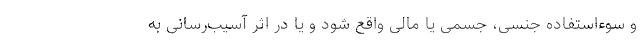
و سوءاستفاده جنسی، جسمی یا مالی واقع شود و یا در اثر آسیب‌رسانی به